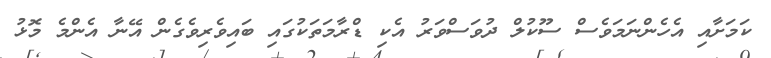
ކަމަށާއި އެހެންނަމަވެސް ސޫކުލް ދުވަސްވަރު އެކި ޑްރާމަތަކުގައި ބައިވެރިވެގެން އޭނާ އެންމެ މޮޅު